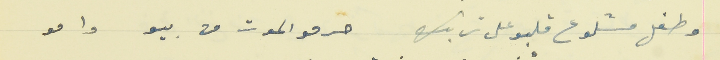
وطفل مشلوع قلبو على ترابك                               حرمو الموت من بيو وامو